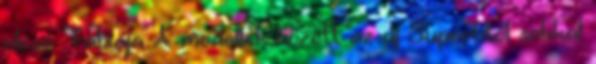
olcsó Fabiája A modellek között az új Superbtől sokkal